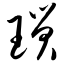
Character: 琐